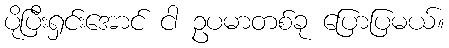
ပိုပြီးရှင်းအောင် ငါ ဥပမာတစ်ခု ပြောပြမယ်။